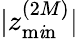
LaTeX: |z_{\operatorname*{m\mathit{i}n}}^{(2M)}|